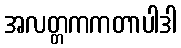
အလတ္တကကတာပါဒါ